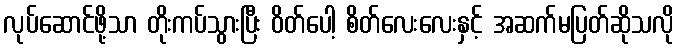
လုပ်ဆောင်ဖို့သာ တိုးကပ်သွားပြီး ဝိတ်ပေါ့ စိတ်လေးလေးနှင့် အဆက်မပြတ်ဆိုသလို